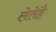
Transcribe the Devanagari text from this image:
लेतेहै